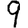
Digit: 9